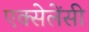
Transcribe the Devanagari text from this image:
एक्सेलेंसी